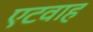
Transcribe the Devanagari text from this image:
एटवाह